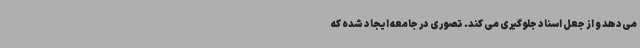
می‌دهد و از جعل اسناد جلوگیری می کند. تصوری در جامعه ایجاد شده که